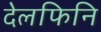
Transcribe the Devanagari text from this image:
देलफिनि